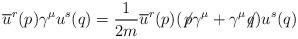
LaTeX: \begin{align*}\overline{u}^r(p)\gamma^\mu u^s(q)=\frac{1}{2m}\overline{u}^r(p)(\not{\!p }\gamma^\mu+\gamma^\mu\!\! \not{\! q})u^s(q)\end{align*}